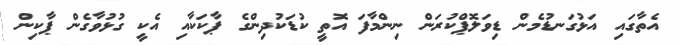
އެތާގައި އަޅުގަނޑުމެން ޑިވަލޮޕްކުރަން ނިންމާފަ އޮތީ ކުޑަކުދިންގެ ޕާކަކާއި އެކީ ގުޅުވާގެން ޕާކިން